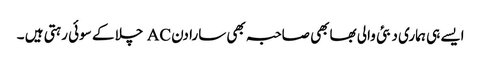
ایسے ہی ہماری دبئی والی بھابھی صاحبہ بھی سارا دن AC چلا کے سوئی رہتی ہیں ۔